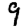
Digit: 9